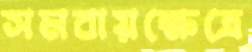
সমবায়ক্ষেত্রে